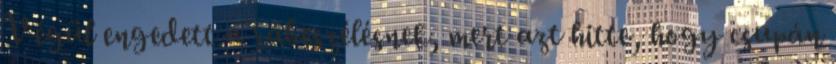
Végül engedett a rábeszélésnek, mert azt hitte, hogy csupán